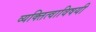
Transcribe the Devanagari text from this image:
व्यक्तित्वाविषयी